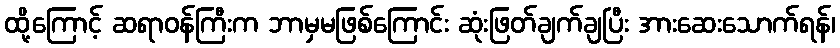
ထို့ကြောင့် ဆရာဝန်ကြီးက ဘာမှမဖြစ်ကြောင်း ဆုံးဖြတ်ချက်ချပြီး အားဆေးသောက်ရန်၊